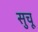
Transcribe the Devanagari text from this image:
सुचू